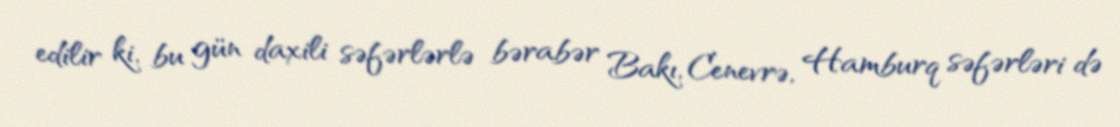
edilir ki, bu gün daxili səfərlərlə bərabər Bakı, Cenevrə, Hamburq səfərləri də